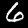
Label: 6